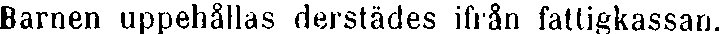
Barnen uppehållas därstädes ifrån fattigkassan.